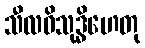
သီလဝိသုဒ္ဓိဟေတု